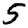
Digit: 5